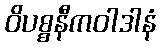
ဝိပစ္စနီကဝါဒါနံ